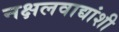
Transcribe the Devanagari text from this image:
नक्षलवाद्यांशी